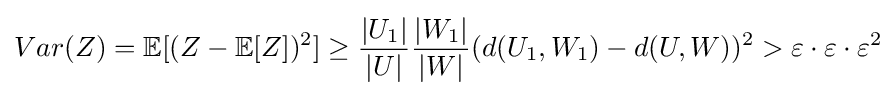
Var(Z)=\mathbb {E} [(Z-\mathbb {E} [Z])^{2}]\geq {\frac {|U_{1}|}{|U|}}{\frac {|W_{1}|}{|W|}}(d(U_{1},W_{1})-d(U,W))^{2}>\varepsilon \cdot \varepsilon \cdot \varepsilon ^{2}